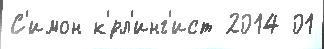
С'имон к'́рл'инг'ист 2014 01